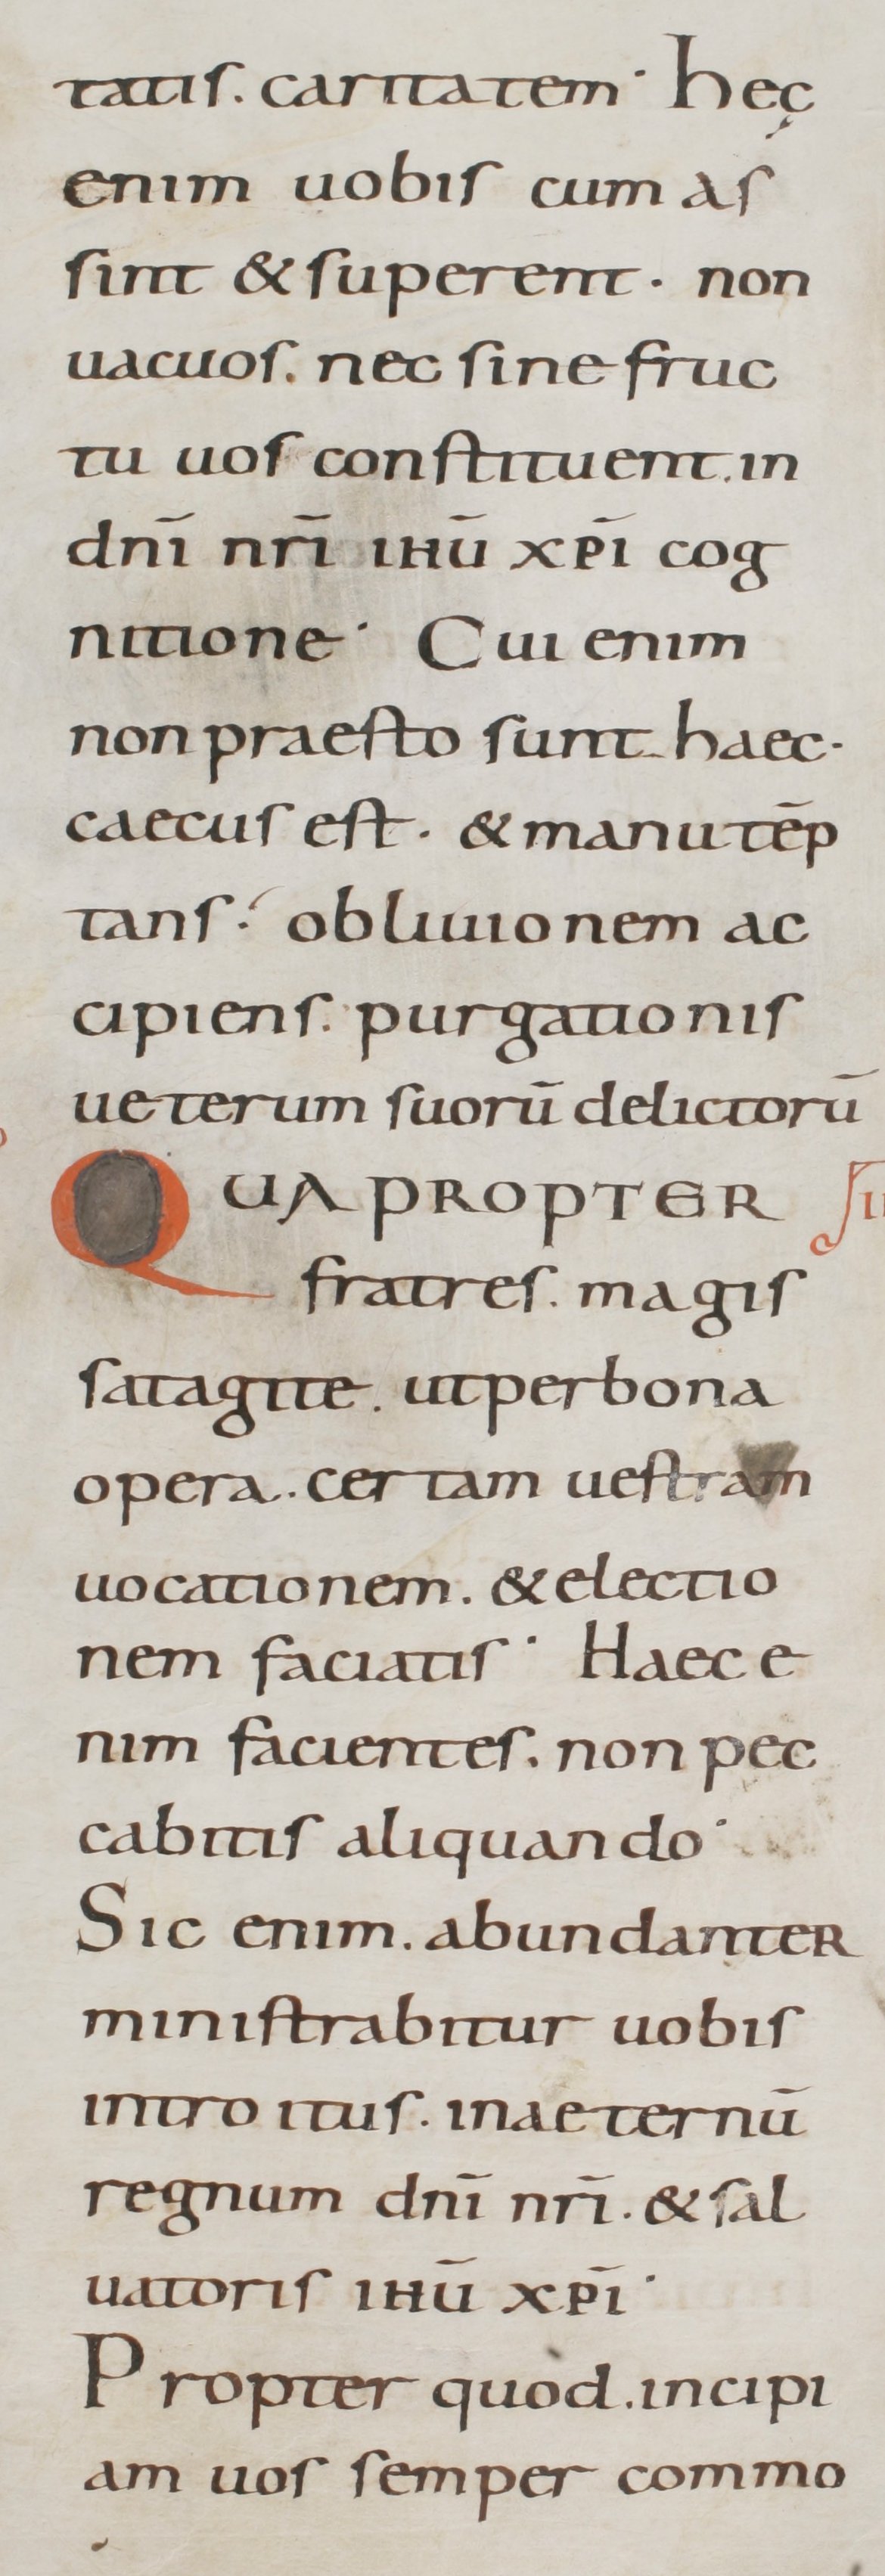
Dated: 800–899